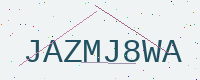
Text: JAZMJ8WA